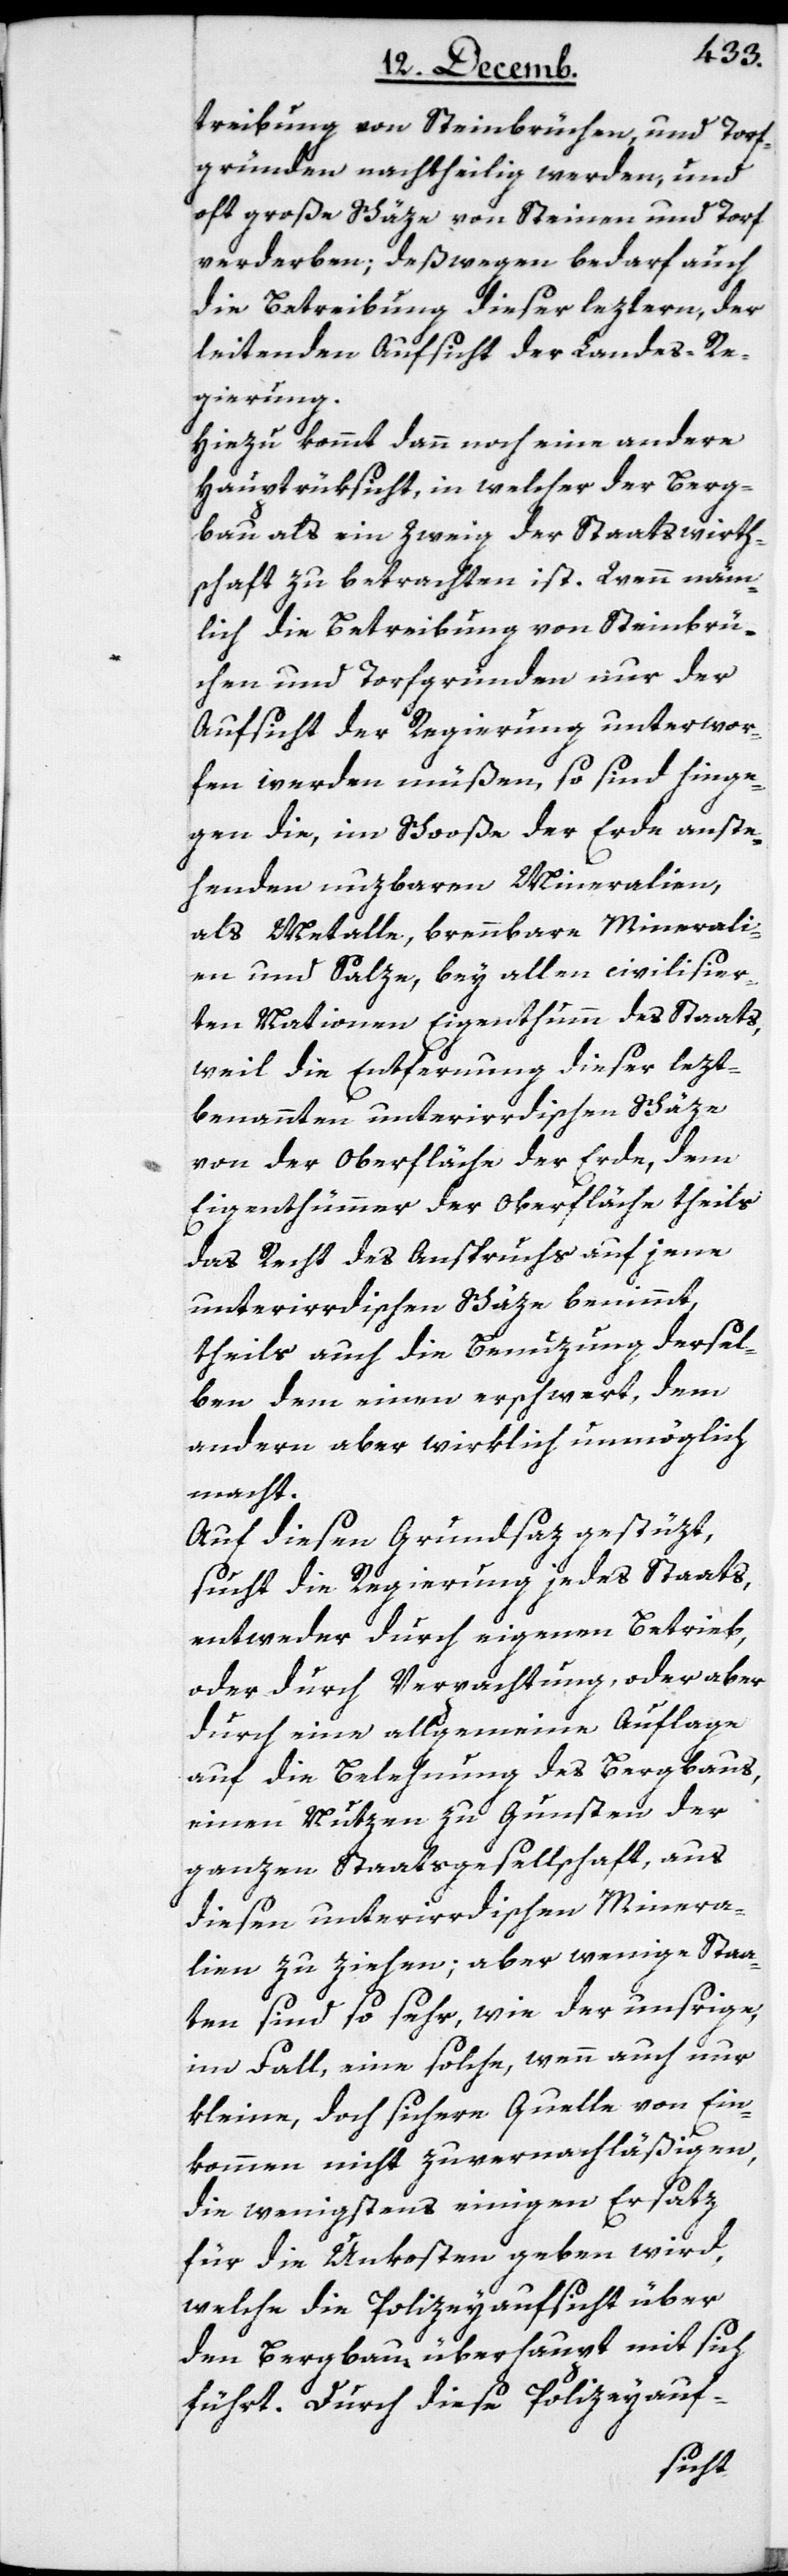
treibung von Steinbrüchen und Torf¬
gründen nachtheilig werden, und
oft große Schäze von Steinen und Torf
verderben; deßwegen bedarf auch
die Betreibung dieser leztern, der
leitenden Aufsicht der Landesre¬
gierung.
Hiezu kommt dann noch eine andere
Hauptrüksicht, in welcher der Berg¬
bau als ein Zweig der Staatswirth¬
schaft zu betrachten ist. Wenn näm¬
lich die Betreibung von Steinbrü¬
chen und Torfgründen nur der
Aufsicht der Regierung unterwor¬
fen werden müßen, so sind hinge¬
gen die, im Schooße der Erde anste¬
henden nuzbaren Mineralien,
als Metalle, brennbare Minerali¬
en und Salze, bey allen civilisier¬
ten Nationen Eigenthumm des Staats,
weil die Entfernung dieser letzt¬
benannten unterirdischen Schäze
von der Oberfläche der Erde, dem
Eigenthümmer der Oberfläche theils
das Recht des Anspruchs auf jene
unterirdischen Schäze benimmt,
theils auch die Benuzung dersel¬
ben dem einen erschwert, dem
andern aber wirklich unmöglich
macht.
Auf diesen Grundsaz gestüzt,
sucht die Regierung jedes Staats,
entweder durch eigenen Betrieb,
oder durch Verpachtung oder aber
durch eine allgemeine Auflage
auf die Belehnung des Bergbaus,
einen Nutzen zu Gunsten der
ganzen Staatsgesellschaft, aus
diesen unterirdischen Minera¬
lien zu ziehen; aber wenige Staa¬
ten sind so sehr, wie der unsrige
im Fall, eine solche, wenn auch nur
kleine doch sichere Quelle von Ein¬
kommen nicht zu vernachläßigen,
die wenigstens einigen Ersatz
für die Unkosten geben wird,
welche die Polizeyaufsicht über
den Bergbau überhaupt mit sich
führt. Durch diese Polizeyauf-